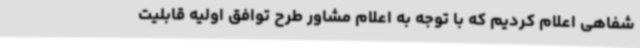
شفاهی اعلام کردیم که با توجه به اعلام مشاور طرح توافق اولیه قابلیت